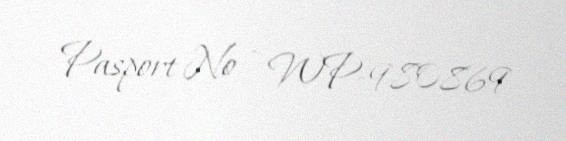
Pasport № - WP-980869